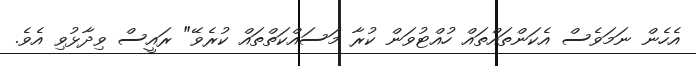
އެހެން ނަމަވެސް އެކަންތައްތައް ހުއްޓުވަން ކުރާ މަސައްކަތްތައް ކުރެވޭ" ރައީސް ވިދާޅުވި އެވެ.